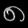
Digit: ၈